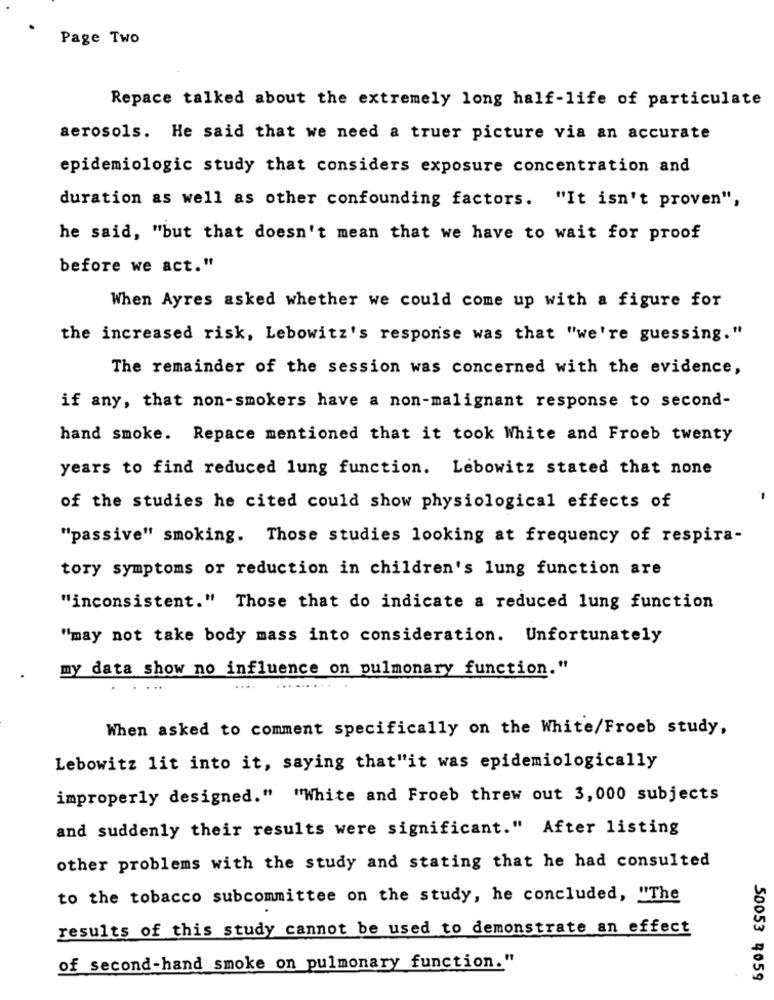
Page Two
Repace talked about the extremely long half-life of particulate
aerosols. He said that we need a truer picture via an accurate
epidemiologic study that considers exposure concentration and
duration as well as other confounding factors. "It isn't proven",
he said, "but that doesn't mean that we have to wait for proof
before we act."
When Ayres asked whether we could come up with a figure for
the increased risk, Lebowitz's response was that "we're guessing."
The remainder of the session was concerned with the evidence,
if any, that non-smokers have a non-malignant response to second-
hand smoke. Repace mentioned that it took White and Froeb twenty
years to find reduced lung function. Lebowitz stated that none
of the studies he cited could show physiological effects of
"passive" smoking. Those studies looking at frequency of respira-
tory symptoms or reduction in children's lung function are
"inconsistent." Those that do indicate a reduced lung function
"may not take body mass into consideration. Unfortunately
my data show no influence on pulmonary function."
. ..
When asked to comment specifically on the White/Froeb study,
Lebowitz lit into it, saying that"it was epidemiologically
improperly designed." "White and Froeb threw out 3, 000 subjects
and suddenly their results were significant." After listing
other problems with the study and stating that he had consulted
to the tobacco subcommittee on the study, he concluded, "The
results of this study cannot be used to demonstrate an effect
of second-hand smoke on pulmonary function."
50053 4059